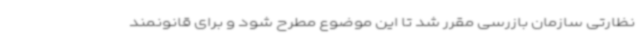
نظارتی سازمان بازرسی مقرر شد تا این موضوع مطرح شود و برای قانونمند